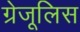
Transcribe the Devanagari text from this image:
ग्रेजूलिस